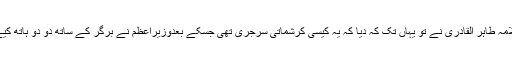
علامہ طاہر القادری نے تو یہاں تک کہ دیا کہ یہ کیسی کرشماتی سرجری تھی جسکے بعدوزیراعظم نے برگر کے ساتھ دو دو ہاتھ کیے۔